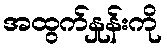
အထွက်နှုန်းကို